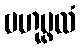
ဗဟုပ္ဖလံ